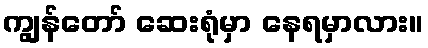
ကျွန်တော် ဆေးရုံမှာ နေရမှာလား။